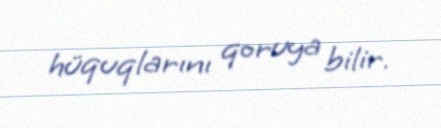
hüquqlarını qoruya bilir.